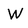
Character: W